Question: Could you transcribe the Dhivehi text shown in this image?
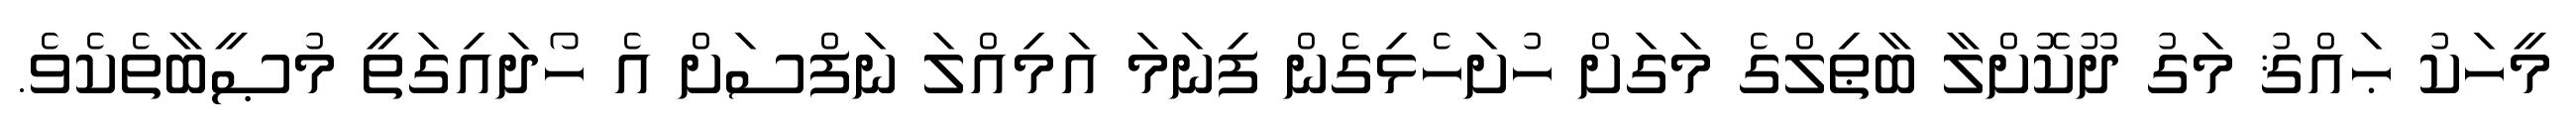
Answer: މީހަކު ޙައްޤު މަގު ދޫކޮށްލާ ބާޠިލްގެ މަގަށް ހުށަހެޅިގެން ފިނަމަ އަމިއްލަ ނަފްސަށް އެ ހޯދައިގަތީ މުޞީބާތެކެވެ.